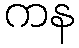
ကန